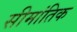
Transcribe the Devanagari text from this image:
सीमांतिक